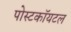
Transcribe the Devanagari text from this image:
पोस्टकॉयटल